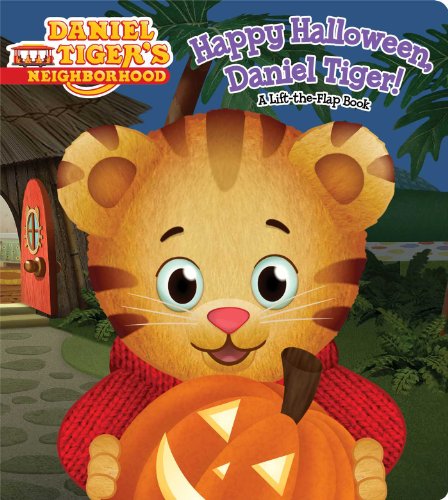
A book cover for Happy Halloween, Daniel Tiger!: A Lift-the-Flap Book (Daniel Tiger's Neighborhood); Angela C. Santomero; Children's Books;